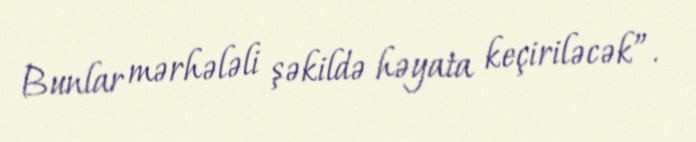
Bunlar mərhələli şəkildə həyata keçiriləcək”.